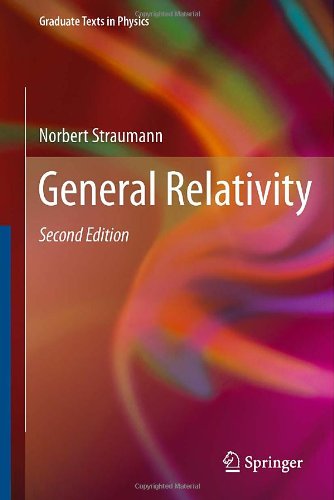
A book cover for General Relativity (Graduate Texts in Physics); Norbert Straumann; Science & Math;